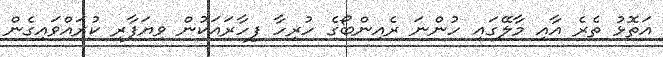
އަތޮޅު ތެރެ އާއި މާލޭގައި ހުންނަ ރެއިންބޯގެ ހުރިހާ ފިހާރައަކުން ވިޔަފާރި ކުރައްވައިގެން